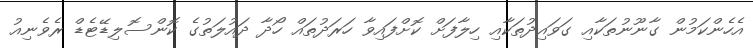
އެހެންކަމުން ގާނޫނުތަކާއި ގަވައިދުތަކާއި ހިލާފަށް ކޮށްފައިވާ ހަރަދުތައް ހޯދާ ދައުލަތުގެ ކޮންސޮލިޑޭޓެޑް ރެވެނިއު